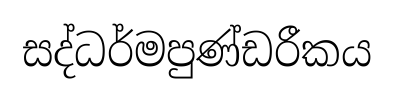
සද්ධර්මපුණ්ඩරීකය